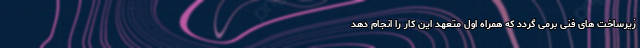
زیرساخت های فنی برمی گردد که همراه اول متعهد این کار را انجام دهد